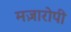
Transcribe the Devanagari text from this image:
मज़ारोपी